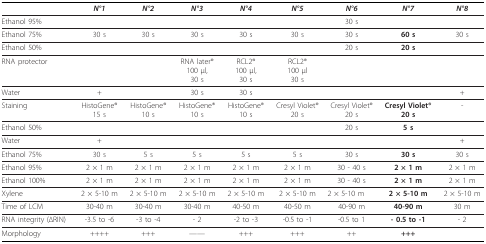
|  | N°1 | N°2 | N°3 | N°4 | N°5 | N°6 | N°7 | N°8 |
 | --- | --- | --- | --- | --- | --- | --- | --- | --- |
 | Ethanol 95% |  |  |  |  |  | 30 s |  |  |
 | Ethanol 75% | 30 s | 30 s | 30 s | 30 s | 30 s | 30 s | 60 s | 30 s |
 | Ethanol 50% |  |  |  |  |  | 20 s | 20 s |  |
 | RNA protector |  |  | RNA later®100 μl,30 s | RCL2®100 μl,30 s | RCL2®100 μl30 s |  |  |  |
 | Water | + |  | 30 s | 30 s |  |  |  | + |
 | Staining | HistoGene®15 s | HistoGene®10 s | HistoGene®10 s | HistoGene®10 s | Cresyl Violet®20 s | Cresyl Violet®20 s | Cresyl Violet®20 s | - |
 | Ethanol 50% |  |  |  |  |  | 20 s | 5 s |  |
 | Water | + |  |  |  |  |  |  | + |
 | Ethanol 75% | 30 s | 5 s | 5 s | 5 s | 5 s | 30 s | 30 s | 30 s |
 | Ethanol 95% | 2 × 1 m | 2 × 1 m | 2 × 1 m | 2 × 1 m | 2 × 1 m | 30 - 40 s | 2 × 1 m | 2 × 1 m |
 | Ethanol 100% | 2 × 1 m | 2 × 1 m | 2 × 1 m | 2 × 1 m | 2 × 1 m | 30 - 40 s | 2 × 1 m | 2 × 1 m |
 | Xylene | 2 × 5-10 m | 2 × 5-10 m | 2 × 5-10 m | 2 × 5-10 m | 2 × 5-10 m | 2 × 5-10 m | 2 × 5-10 m | 2 × 5-10 m |
 | Time of LCM | 30-40 m | 30-40 m | 30-40 m | 40-50 m | 40-50 m | 40-90 m | 40-90 m | 30 m |
 | RNA integrity (ΔRIN) | -3.5 to -6 | -3 to -4 | - 2 | -2 to -3 | -0.5 to -1 | -0.5 to 1 | - 0.5 to -1 | - 2 |
 | Morphology | ++++ | +++ | ---- | +++ | +++ | ++ | +++ |  |